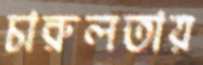
চারুলতায়